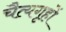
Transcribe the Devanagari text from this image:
चैत्यगृहों